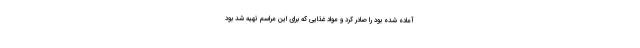
آماده شده بود را صادر کرد و مواد غذایی که برای این مراسم تهیه شد بود